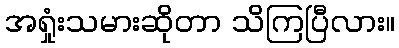
အရှုံးသမားဆိုတာ သိကြပြီလား။